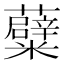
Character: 𮓒